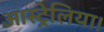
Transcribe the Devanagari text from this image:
आस्ट्रेलिया।